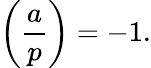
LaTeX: \left({\frac{a}{p}}\right)=-1.